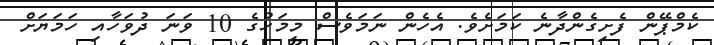
ކެމްޕޭން ފެށިގެންދާނެ ކަމަށެވެ. އެހެން ނަމަވެސް މިމަހުގެ 10 ވަނަ ދުވަހާއި ހަމަޔަށް